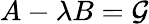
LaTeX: A-\lambda B=\mathcal{G}